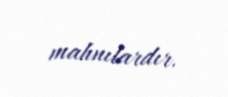
mahnılardır.